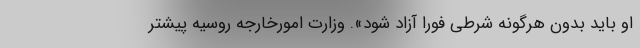
او باید بدون هرگونه شرطی فورا آزاد شود». وزارت امورخارجه روسیه پیشتر